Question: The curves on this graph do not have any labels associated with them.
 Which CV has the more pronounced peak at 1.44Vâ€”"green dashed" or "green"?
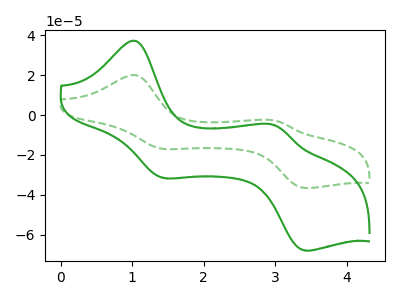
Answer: <think>The green curve "green" has anodic peaks at (1.05V, 37.15uA) (3.00V, -5.10uA) and cathodic peaks at (1.45V, -31.55uA) (3.40V, -67.95uA). The green dashed curve "green dashed" has anodic peaks at (1.05V, 20.00uA) (3.00V, -2.75uA) and cathodic peaks at (1.45V, -17.00uA) (3.40V, -36.60uA).</think>
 <answer>The peak at 1.44V is lower in "green dashed" than in "green".</answer>
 <eval>lower</eval>